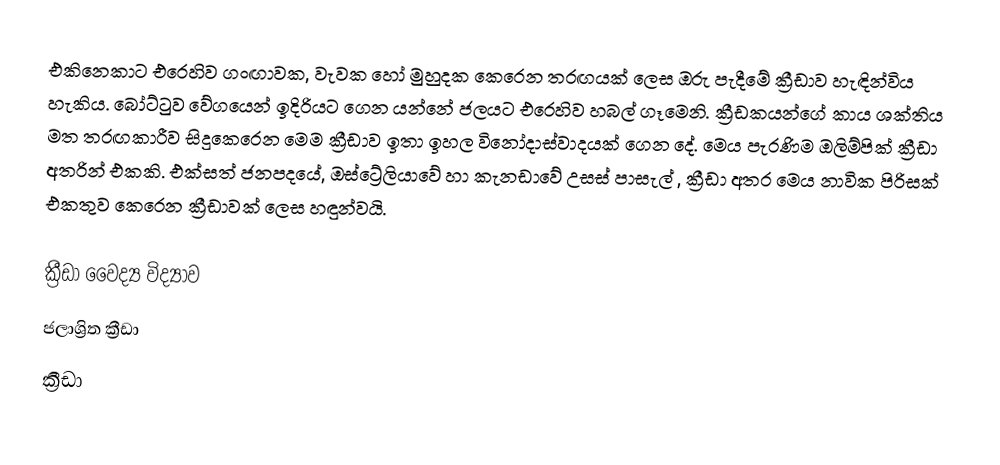
එකිනෙකාට එරෙහිව ගංඟාවක, වැවක හෝ මුහුදක කෙරෙන තරඟයක් ලෙස ඔරු පැදීමේ ක්‍රීඩාව හැඳින්විය හැකිය. බෝට්ටුව වේගයෙන් ඉදිරියට ගෙන යන්නේ ජලයට එරෙහිව හබල් ගෑමෙනි. ක්‍රීඩකයන්ගේ කාය ශක්තිය මත තරඟකාරීව සිදුකෙරෙන මෙම ක්‍රීඩාව ඉතා ඉහල විනෝදාස්වාදයක් ගෙන දේ. මෙය පැරණිම ඔලිම්පික් ක්‍රීඩා අතරින් එකකි. එක්සත් ජනපදයේ, ඔස්ට්‍රේලියාවේ හා කැනඩාවේ උසස් පාසැල් , ක්‍රීඩා අතර මෙය නාවික පිරිසක් එකතුව කෙරෙන ක්‍රීඩාවක් ලෙස හඳුන්වයි.

ක්‍රීඩා වෛද්‍ය විද්‍යාව
ජලාශ්‍රිත ක්‍රීඩා
ක්‍රීඩා